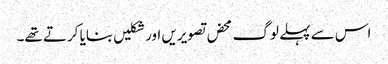
اس سے پہلے لوگ محض تصویریں اور شکلیں بنایا کرتے تھے۔